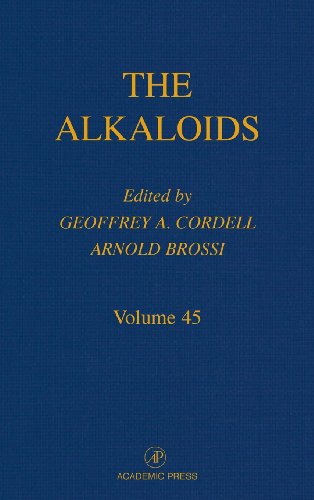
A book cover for The Alkaloids: Chemistry and Pharmacology, Vol. 45; Science & Math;